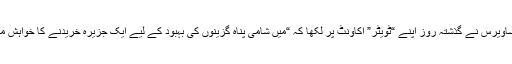
نجیب ساویرس نے گذشتہ روز اپنے “ٹویٹر” اکاؤنٹ پر لکھا کہ “میں شامی پناہ گزینوں کی بہبود کے لیے ایک جزیرہ خریدنے کا خواہش مند ہوں۔